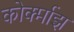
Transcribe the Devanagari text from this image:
कोर्क्माझ